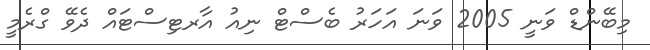
މިބޭންޑް ވަނީ 2005 ވަނަ އަހަރު ބެސްޓް ނިއު އާރޓިސްޓައް ދެވޭ ގްރެމީ